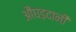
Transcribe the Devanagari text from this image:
औंघड़दानी